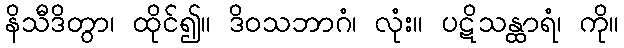
နိသီဒိတွာ၊ ထိုင်၍။ ဒိဝသဘာဂံ၊ လုံး။ ပဋိသန္ထာရံ၊ ကို။